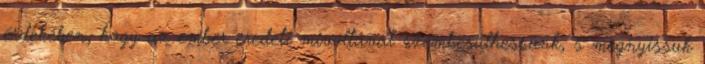
érdekében, hogy az ember eredeti mivoltával szembesülhessünk, s megnyissuk